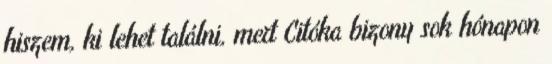
hiszem, ki lehet találni, mert Citóka bizony sok hónapon